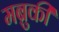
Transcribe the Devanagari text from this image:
मब्रुकी